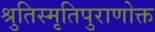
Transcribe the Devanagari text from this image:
श्रुतिस्मृतिपुराणोक्त